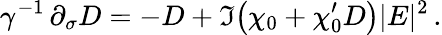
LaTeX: \gamma^{-1}\, \partial_{\sigma}D=-D+\Im{\left(\chi_{0}+\chi_{0}^{\prime}D\right)}|E|^{2}\, .